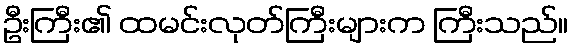
ဦးကြီး၏ ထမင်းလုတ်ကြီးများက ကြီးသည်။